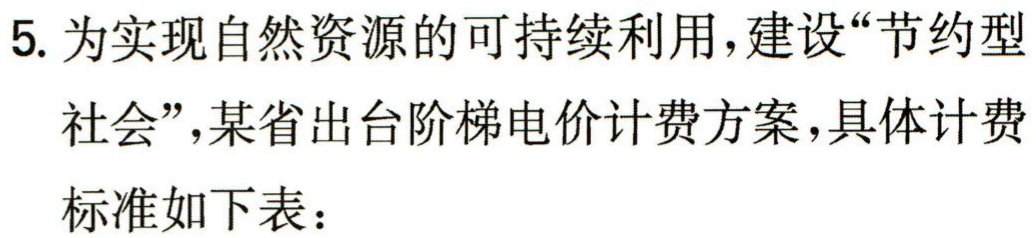
5. 为实现自然资源的可持续利用，建设“节约型
社会”，某省出台阶梯电价计费方案，具体计费
标准如下表：